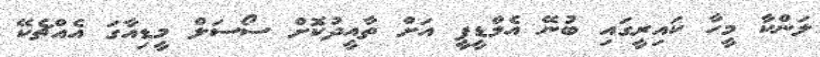
ލަންކާ މީހާ ކައިރީގައި ބުނޭ އެމްޑީޕީ އަށް ތާއީދުކޮށް ސޯސަލް މީޑިއާގަ އެއްޗެކޭ